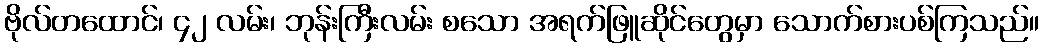
ဗိုလ်တထောင်၊ ၄၂ လမ်း၊ ဘုန်းကြီးလမ်း စသော အရက်ဖြူဆိုင်တွေမှာ သောက်စားပစ်ကြသည်။